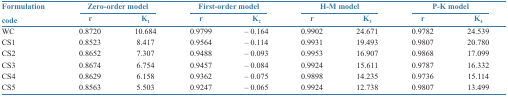
| Formulation | <COLSPAN=2> Zero-order model | <COLSPAN=2> First-order model | <COLSPAN=2> H-M model | <COLSPAN=2> P-K model |
 | code | r | K1 | r | K2 | r | K3 | r | K4 |
 | --- | --- | --- | --- | --- | --- | --- | --- | --- |
 | WC | 0.8720 | 10.684 | 0.9799 | – 0.164 | 0.9902 | 24.671 | 0.9782 | 24.539 |
 | CS1 | 0.8523 | 8.417 | 0.9564 | – 0.114 | 0.9931 | 19.493 | 0.9807 | 20.780 |
 | CS2 | 0.8652 | 7.307 | 0.9488 | – 0.093 | 0.9953 | 16.907 | 0.9868 | 17.099 |
 | CS3 | 0.8674 | 6.754 | 0.9457 | – 0.084 | 0.9924 | 15.611 | 0.9787 | 16.332 |
 | CS4 | 0.8629 | 6.158 | 0.9362 | – 0.075 | 0.9898 | 14.235 | 0.9736 | 15.114 |
 | CS5 | 0.8563 | 5.503 | 0.9247 | – 0.065 | 0.9924 | 12.738 | 0.9807 | 13.499 |